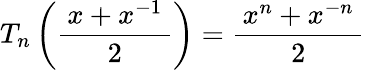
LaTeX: T_{n}\left({\frac{\, x+x^{-1}\, }{2}}\right)={\frac{\, x^{n}+x^{-n}\, }{2}}